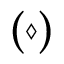
\mathrm { ( \diamond ) }